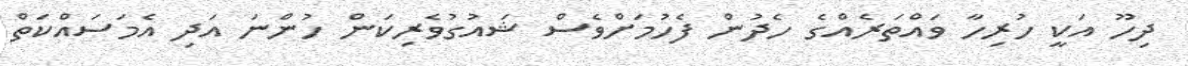
ދިހޫ އަކީ ހުރިހާ ވައްތަރެއްގެ ހެދުން ފެހުމަށްވެސް ޝައުގުވެރިކަން ހުންނަ އަދި އެމަސައްކަތް